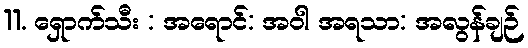
11. ရှောက်သီး : အရောင်: အဝါ အရသာ: အလွန်ချဉ်